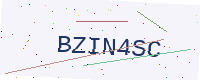
Text: BZIN4SC